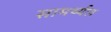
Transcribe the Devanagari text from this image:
सामर्थ्यल